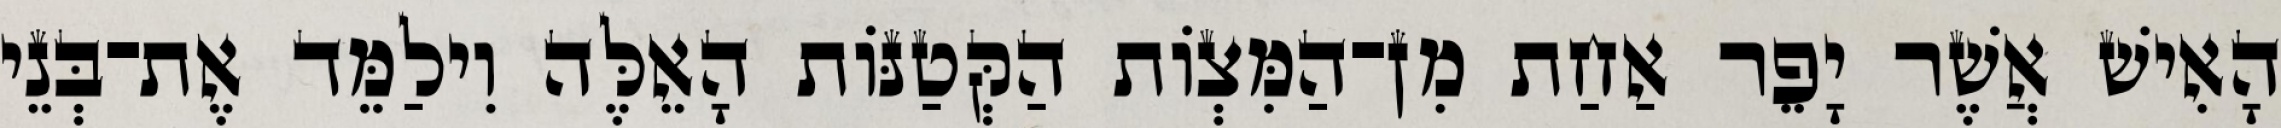
הָאִישׁ אֲשֶׁר יָפֵר אַחַת מִן־הַמִּצְוֹת הַקְּטַנּוֹת הָאֵלֶּה וִילַמֵּד אֶת־בְּנֵי